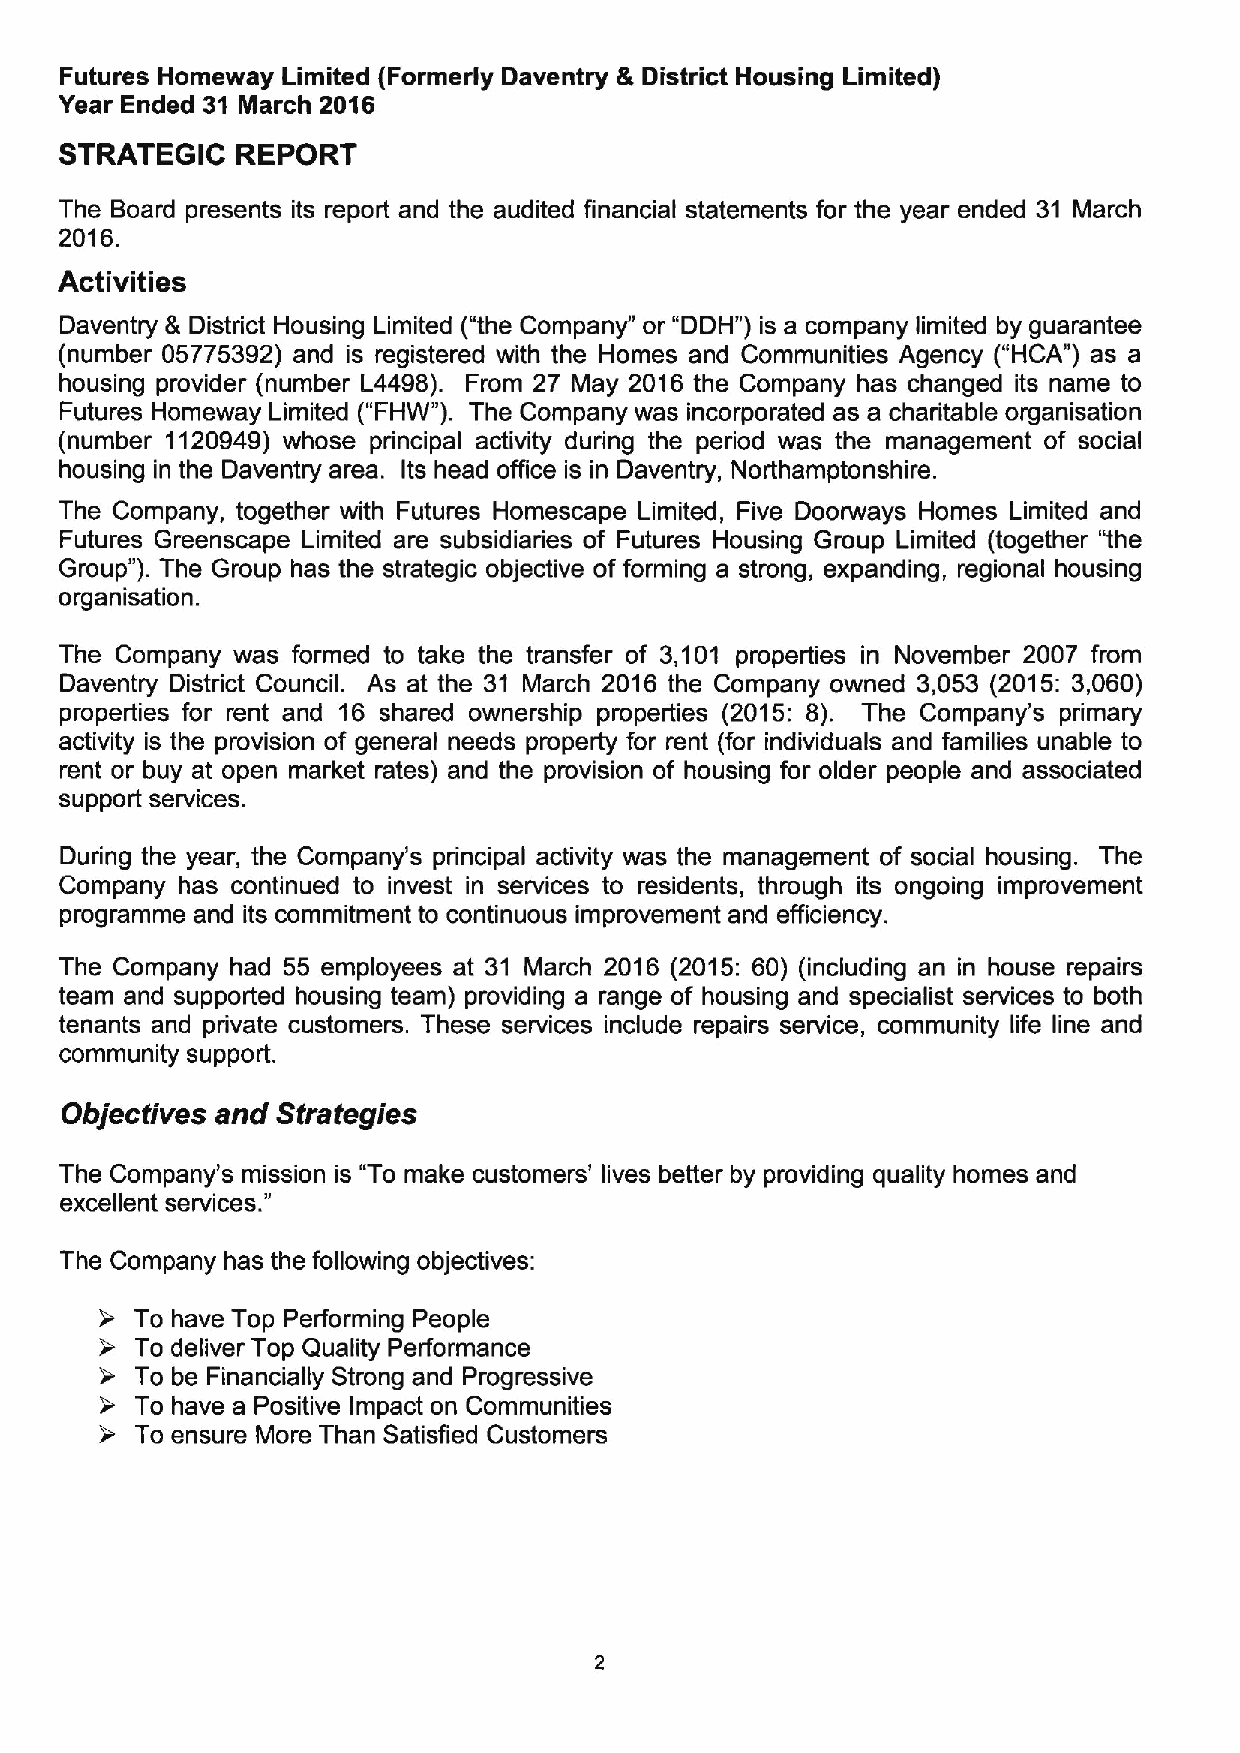
Futures Homeway Limited (Formerly Daventry &District Housing Limited)
 Year Ended 31 March 2016
 STRATEGIC   REPORT
 The Board presents its report and the audited financial statements for the year ended 31 March
 2016.
 Activities
 Daventry 8 District Housing Limited ("the Company" or "DDH") is a company limited by guarantee
 (number 05775392) and is registered with the Homes and Communities Agency ("HCA") as a
 housing provider (number L4498). From 27 May 2016 the Company has changed its name to
 Futures Homeway Limited ("FHW"). The Company was incorporated as a charitable organisation
 (number 1120949) whose principal activity during the period was the management of social
 housing in the Daventry area. Its head office is in Daventry, Northamptonshire.
 The Company, together with Futures Homescape Limited, Five Doorways Homes Limited and
 Futures Greenscape Limited are subsidiaries of Futures Housing Group Limited (together "the
 Group" ).The Group has the strategic objective of forming a strong, expanding, regional housing
 organisation.
 The Company was formed to take the transfer of 3,101 properties in November 2007 from
 Daventry District Council. As at the 31 March 2016 the Company owned 3,053 (2015: 3,060)
 properties for rent and 16 shared ownership properties (2015: 8). The Company's primary
 activity is the provision of general needs property for rent (for individuals and families unable to
 rent or buy at open market rates) and the provision of housing for older people and associated
 support services.
 During the year, the Company's principal activity was the management of social housing. The
 Company has continued to invest in services to residents, through its ongoing improvement
 programme and its commitment to continuous improvement and efficiency.
 The Company had 55 employees at 31 March 2016 (2015: 60) (including an in house repairs
 team and supported housing team) providing a range of housing and specialist services to both
 tenants and private customers. These services include repairs service, community life line and
 community support.
 Objectives and Strategies
 The Company's mission is "To make customers' lives better by providing quality homes and
 "
 excellent services.
 The Company has the following objectives:
 & To have Top Performing People
 To deliver Top Quality Performance
 & To be Financially Strong and Progressive
 To have a Positive Impact on Communities
 & To ensure More Than Satisfied Customers